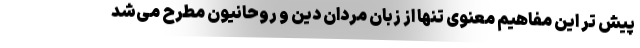
پیش تر این مفاهیم معنوی تنها از زبان مردان دین و روحانیون مطرح می‌شد